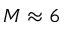
M \approx 6